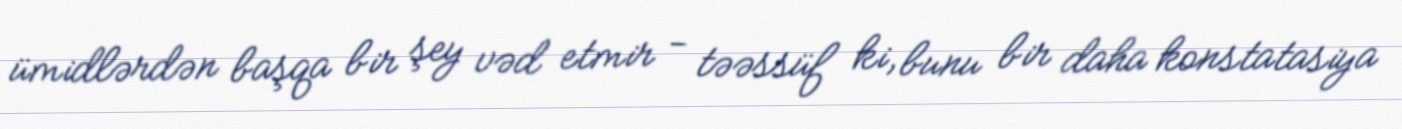
ümidlərdən başqa bir şey vəd etmir - təəssüf ki, bunu bir daha konstatasiya